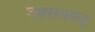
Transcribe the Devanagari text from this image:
शहराजवळू